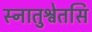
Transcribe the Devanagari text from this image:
स्नातुश्वेतसि